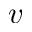
\boldsymbol { v }